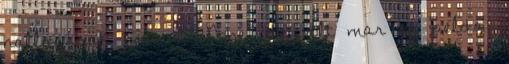
hallgassak bele a CD-be, de volt mar ra pelda,